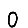
Digit: 0